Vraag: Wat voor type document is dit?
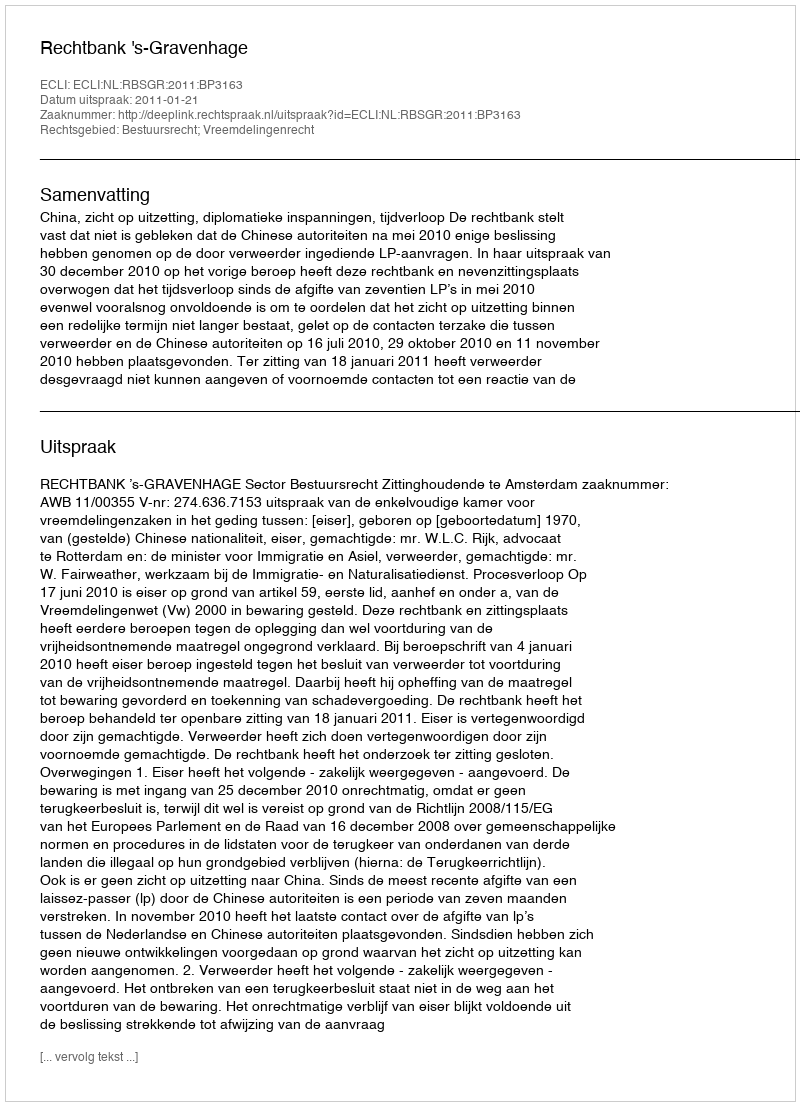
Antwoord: Uitspraak